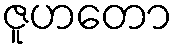
ဇူဟတော